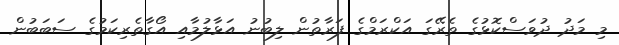
މި މަދު ދުވަސްކޮޅުގެ ތެރޭގަ އަކްރަމްގެ ފަރާތުން ލިބުނު އަޅާލުމާއި އޯގާތެރިކަމުގެ ސަބަބުން